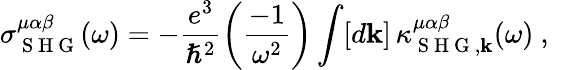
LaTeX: \sigma_{\mathrm{~S~H~G~}}^{\mu\alpha\beta}(\omega)=-\frac{e^{3}}{\hslash^{2}}\left(\frac{-1}{\omega^{2}}\right)\int[d\mathbf{k}]\, \kappa_{\mathrm{~S~H~G~},\mathbf{k}}^{\mu\alpha\beta}(\omega)\mathrm{~,~}